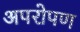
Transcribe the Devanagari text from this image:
अपरोपण